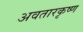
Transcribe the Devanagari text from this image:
अवतारकृष्ण